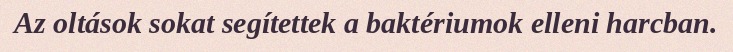
Az oltások sokat segítettek a baktériumok elleni harcban.